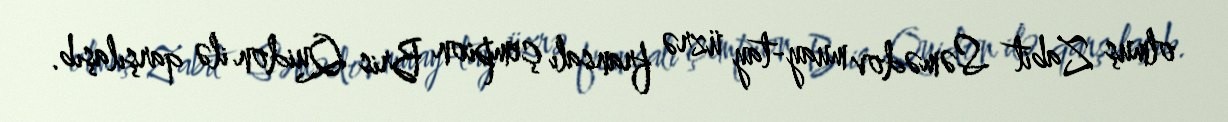
olmuş Zabit Səmədov muay-tay üzrə fransalı çempion Bris Quidon ilə qarşılaşıb.